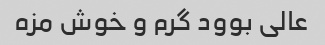
عالی بوود گرم و خوش مزه